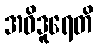
အဝိဒူရေတိ